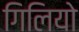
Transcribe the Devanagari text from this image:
गिलियो